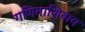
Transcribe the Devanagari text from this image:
गणिताशिवाय